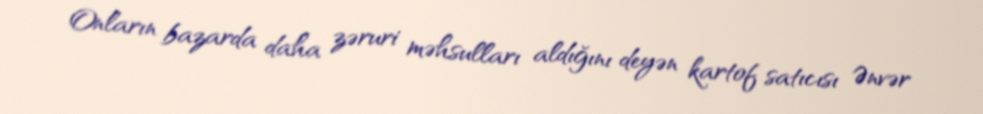
Onların bazarda daha zəruri məhsulları aldığını deyən kartof satıcısı Ənvər